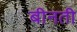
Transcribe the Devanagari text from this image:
बीनती